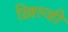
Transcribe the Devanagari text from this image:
ख़िल्जी